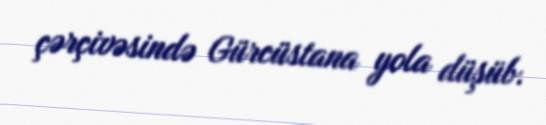
çərçivəsində Gürcüstana yola düşüb.